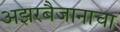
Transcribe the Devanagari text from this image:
अझरबैजानाचा